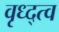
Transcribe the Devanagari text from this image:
वृध्द्त्व